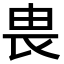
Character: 𪽉